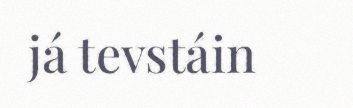
já tevstáin